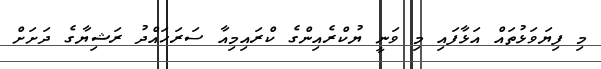
މި ފިޔަވަޅުތައް އަޅާފައި މި ވަނީ ޔުކްރެއިންގެ ކްރައިމިއާ ސަރަހައްދު ރަޝިޔާގެ ދަށަށް